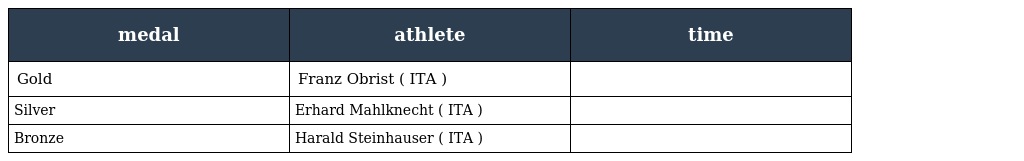
| medal | athlete | time |
 | --- | --- | --- |
 | Gold | Franz Obrist ( ITA ) |  |
 | Silver | Erhard Mahlknecht ( ITA ) |  |
 | Bronze | Harald Steinhauser ( ITA ) |  |